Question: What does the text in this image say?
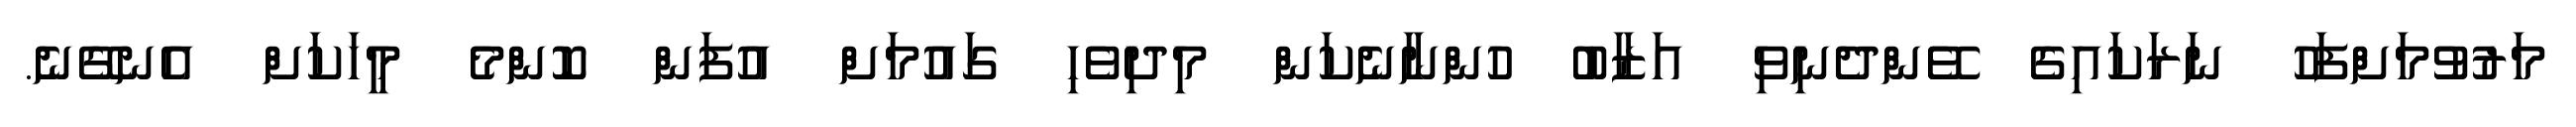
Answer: މަރުވުމަށްފަހު ނަރަކައިގެ ވޭންދެނިވި އަޒާބު ހުންނާނެކަން މިދިވެހި ގައުމަށް އުފަން ކޮންމެ މީހަކަށް އެނގޭނެ.